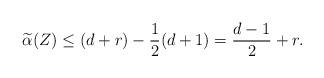
LaTeX: \begin{align*}\widetilde \alpha(Z) \leq (d+r)-\frac{1}{2}(d+1)=\frac{d-1}{2}+r.\end{align*}